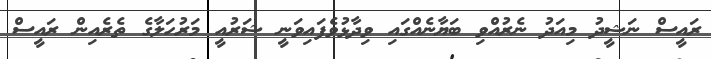
ރައީސް ނަޝީދު މިއަދު ނެރުއްވި ބަޔާނެއްގައި ވިދާޅުވެފައިވަނީ ޝަރުއީ މަރުހަލާގެ ތެރެއިން ރައީސް